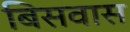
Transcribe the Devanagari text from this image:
बिसवास